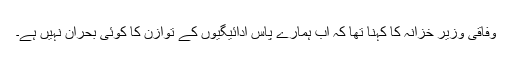
وفاقی وزیر خزانہ کا کہنا تھا کہ اب ہمارے پاس ادائیگیوں کے توازن کا کوئی بحران نہیں ہے۔